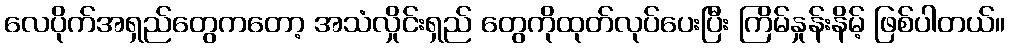
လေပိုက်အရှည်တွေကတော့ အသံလှိုင်းရှည် တွေကိုထုတ်လုပ်ပေးပြီး ကြိမ်နှုန်းနိမ့် ဖြစ်ပါတယ်။